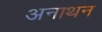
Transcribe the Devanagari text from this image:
अनाथन